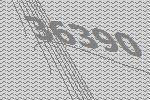
36390